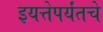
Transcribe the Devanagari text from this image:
इयत्तेपर्यंतचे